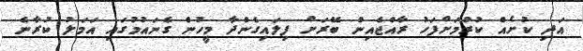
އަދި ކުށެއް ކުރުމަށްފަހު ރާއްޖެއިން ބޭރަށް ފިލައިގެންދާ މީހުން ގެނައުމުގައި އަމަލު ކުރާނެ